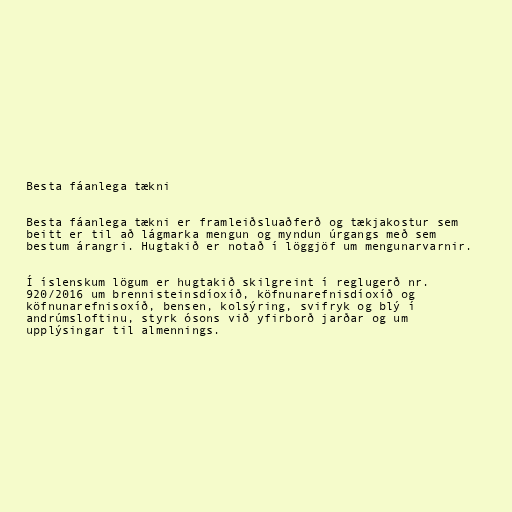
Besta fáanlega tækni

Besta fáanlega tækni er framleiðsluaðferð og tækjakostur sem
beitt er til að lágmarka mengun og myndun úrgangs með sem
bestum árangri. Hugtakið er notað í löggjöf um mengunarvarnir.

Í íslenskum lögum er hugtakið skilgreint í reglugerð nr.
920/2016 um brennisteinsdíoxíð, köfnunarefnisdíoxíð og
köfnunarefnisoxíð, bensen, kolsýring, svifryk og blý í
andrúmsloftinu, styrk ósons við yfirborð jarðar og um
upplýsingar til almennings.